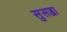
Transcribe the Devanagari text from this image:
सुसज्जा